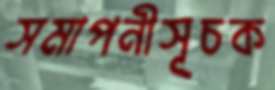
সমাপনীসূচক